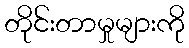
တိုင်းတာမှုများကို